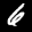
Label: 6